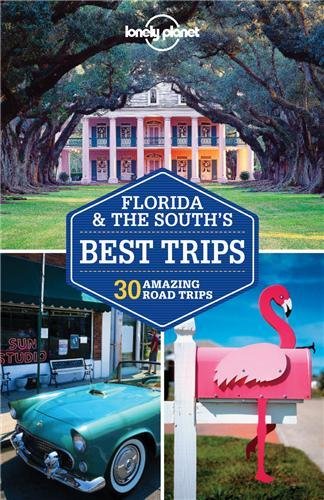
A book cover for Lonely Planet Florida & the South's Best Trips (Travel Guide); Lonely Planet; Travel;